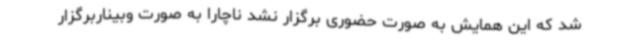
شد که این همایش به صورت حضوری برگزار نشد ناچاراً به صورت وبیناربرگزار